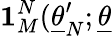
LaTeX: \mathbf{1}_{M}^{N}(\underline{{{\theta}}}_{N}^{\prime};\underline{{{\theta}}}